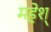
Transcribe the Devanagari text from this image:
महेश्